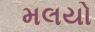
મલયો